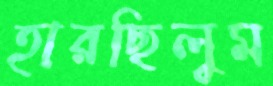
হারছিলুম